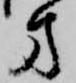
方